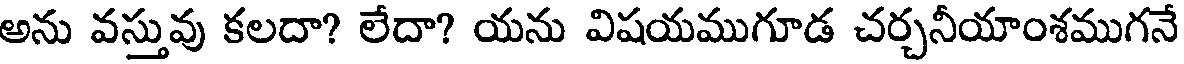
అను వస్తువు కలదా? లేదా? యను విషయముగూడ చర్చనీయాంశముగనే